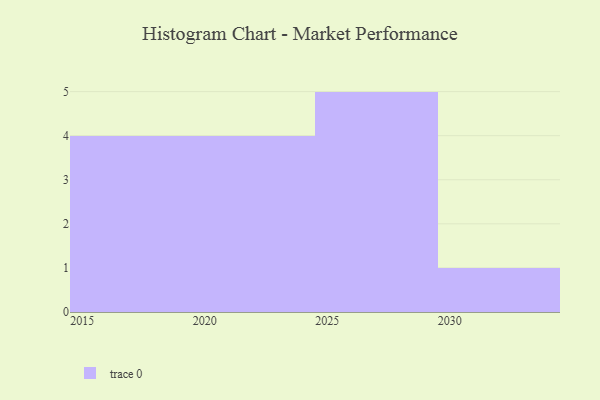
{"axis": {"x": "Year", "y": "Website Visitors"}, "legend": [""], "data": [{"x": "2024", "y": 9, "type": ""}, {"x": "2030", "y": 76, "type": ""}, {"x": "2018", "y": 17, "type": ""}, {"x": "2029", "y": 64, "type": ""}, {"x": "2028", "y": 38, "type": ""}, {"x": "2020", "y": 63, "type": ""}, {"x": "2017", "y": 21, "type": ""}, {"x": "2026", "y": 14, "type": ""}, {"x": "2022", "y": 44, "type": ""}, {"x": "2025", "y": 11, "type": ""}, {"x": "2027", "y": 84, "type": ""}, {"x": "2023", "y": 77, "type": ""}, {"x": "2016", "y": 63, "type": ""}, {"x": "2015", "y": 46, "type": ""}]}